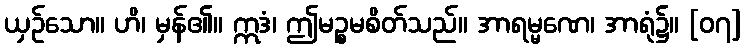
ယှဉ်သော။ ဟိ၊ မှန်၏။ ဣဒံ၊ ဤမဉ္စမစိတ်သည်။ အာရမ္မဏေ၊ အာရုံ၌။ [၀၇]